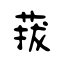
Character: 菝